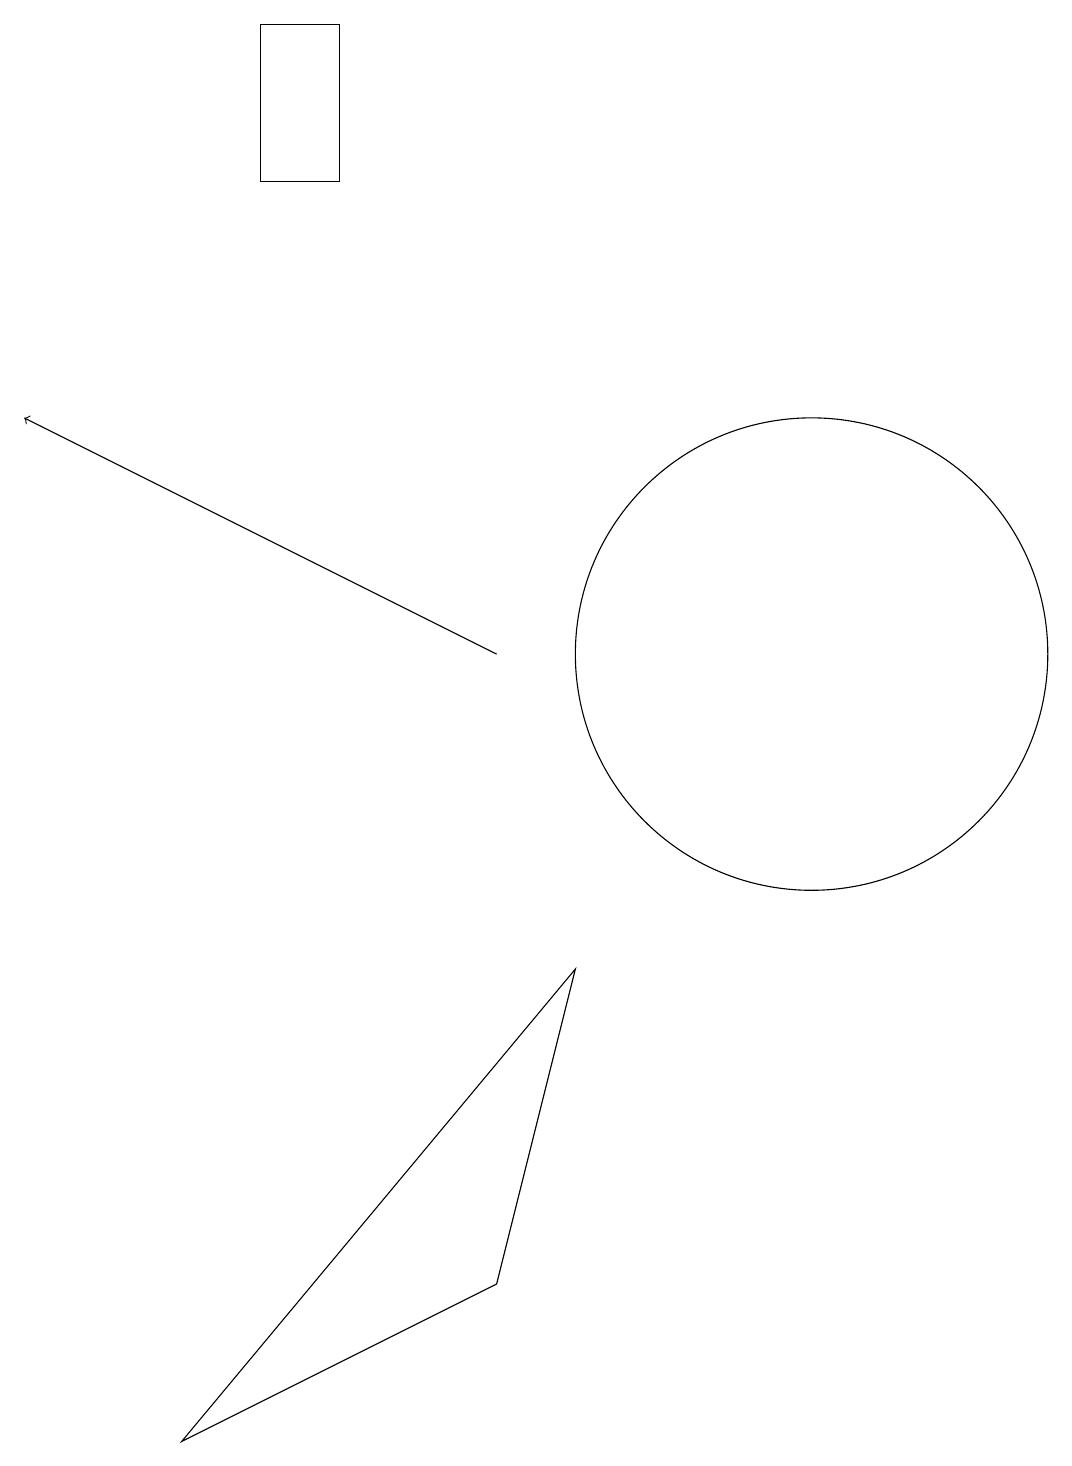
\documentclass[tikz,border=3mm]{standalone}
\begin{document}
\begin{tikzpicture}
\draw[->] (6,11) -- (0,14);
\draw (10,11) circle (3);
\draw (3,19) rectangle (4,17);
\draw (6,3) -- (7,7) -- (2,1) -- cycle;
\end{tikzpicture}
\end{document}